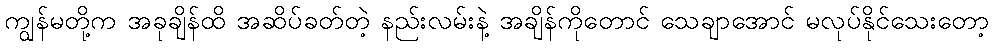
ကျွန်မတို့က အခုချိန်ထိ အဆိပ်ခတ်တဲ့ နည်းလမ်းနဲ့ အချိန်ကိုတောင် သေချာအောင် မလုပ်နိုင်သေးတော့